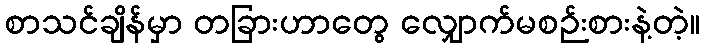
စာသင်ချိန်မှာ တခြားဟာတွေ လျှောက်မစဉ်းစားနဲ့တဲ့။